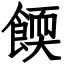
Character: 餪